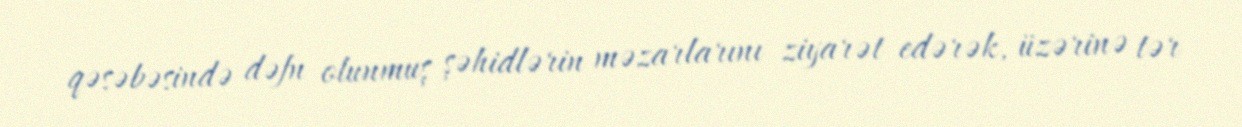
qəsəbəsində dəfn olunmuş şəhidlərin məzarlarını ziyarət edərək, üzərinə tər